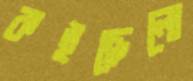
কইছেলো